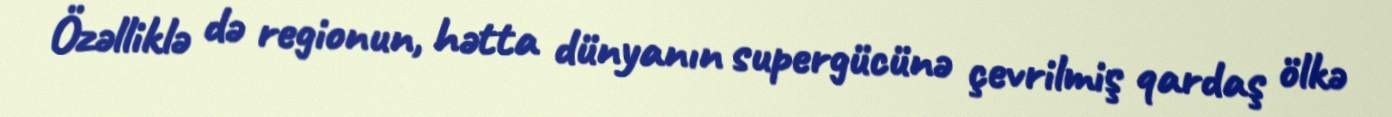
Özəlliklə də regionun, hətta dünyanın supergücünə çevrilmiş qardaş ölkə